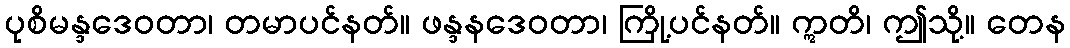
ပုစိမန္ဒဒေဝတာ၊ တမာပင်နတ်။ ဖန္ဒနဒေဝတာ၊ ကြို့ပင်နတ်။ ဣတိ၊ ဤသို့။ တေန